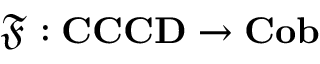
\mathfrak { F } : \mathbf { C C C D } \rightarrow \mathbf { C o b }